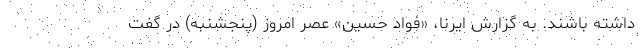
داشته باشند. به گزارش ایرنا، «فواد حسین» عصر امروز (پنجشنبه) در گفت